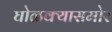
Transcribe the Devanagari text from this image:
घोळक्यासमोर